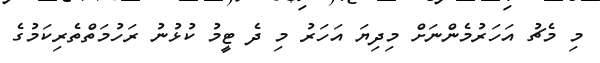
މި މެޗު އަހަރުމެންނަށް މިދިޔަ އަހަރު މި ދެ ޓީމު ކުޅުނު ރަހުމަތްތެރިކަމުގެ